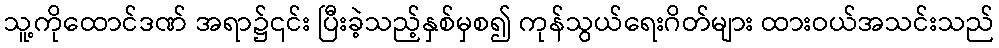
သူ့ကိုထောင်ဒဏ် အရာ၌၎င်း ပြီးခဲ့သည့်နှစ်မှစ၍ ကုန်သွယ်ရေးဂိတ်များ ထားဝယ်အသင်းသည်